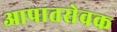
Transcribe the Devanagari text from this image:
आपातसेवक